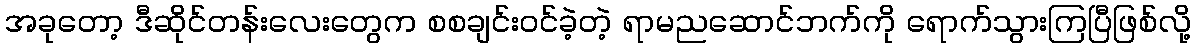
အခုတော့ ဒီဆိုင်တန်းလေးတွေက စစချင်းဝင်ခဲ့တဲ့ ရာမညဆောင်ဘက်ကို ရောက်သွားကြပြီဖြစ်လို့